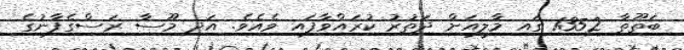
ބަތޫތާ 1352 ގައި މާލީއަށް ދަތުރު ކުރައްވާފައި ވެއެވެ. އަދި މޫސާ ރަސްގެފާނުގެ